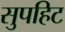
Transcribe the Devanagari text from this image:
सुपहिट